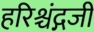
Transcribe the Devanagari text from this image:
हरिश्चंद्गजी